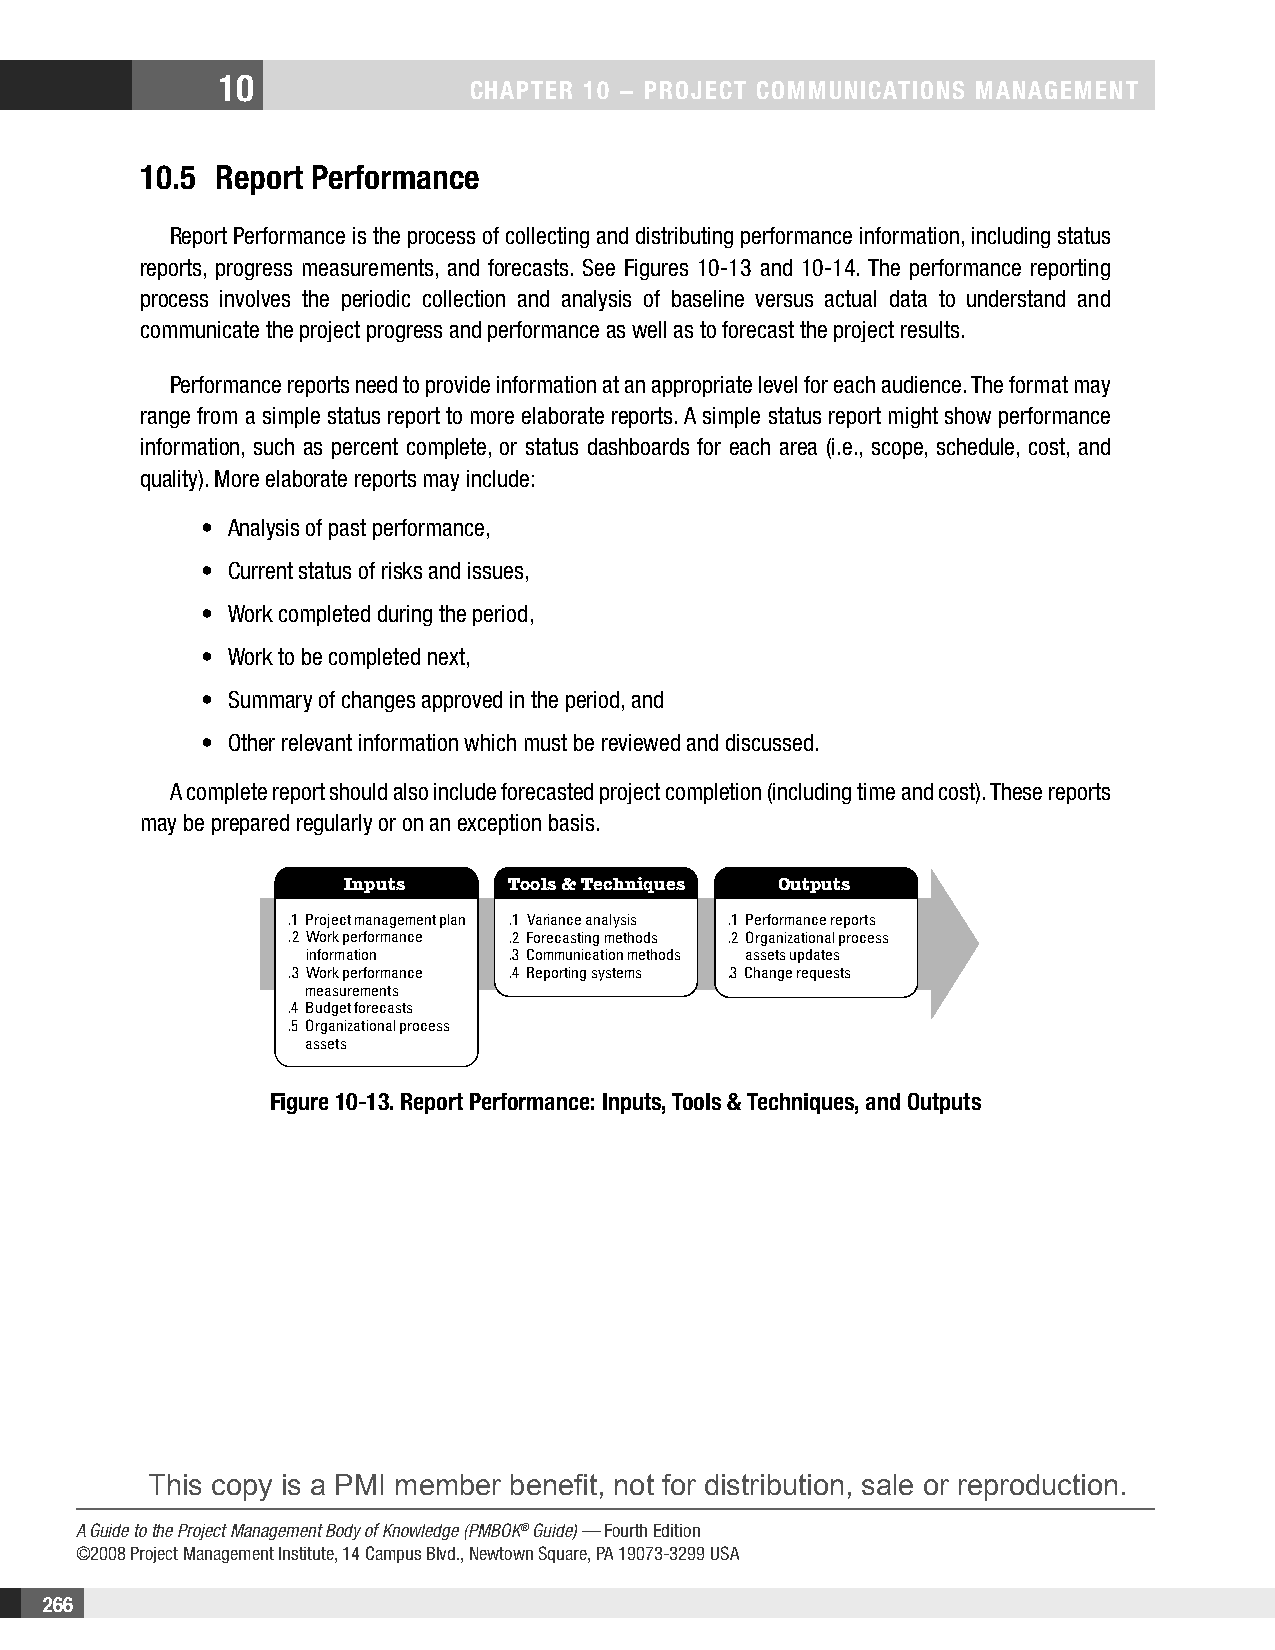
10
 CHAPTER 10 − PROjECT COMMunICATIOnS MAnAgEMEnT
 10.5 Report Performance
 Report Performance is the process of collecting and distributing performance information, including status
 reports, progress measurements, and forecasts. See Figures 10-13 and 10-14. The performance reporting
 process involves the periodic collection and analysis of baseline versus actual data to understand and
 communicate the project progress and performance as well as to forecast the project results.
 Performance reports need to provide information at an appropriate level for each audience. The format may
 range from a simple status report to more elaborate reports. A simple status report might show performance
 information, such as percent complete, or status dashboards for each area (i.e., scope, schedule, cost, and
 quality). More elaborate reports may include:
 • Analysis of past performance,
 • Current status of risks and issues,
 • Work completed during the period,
 • Work to be completed next,
 • Summary of changes approved in the period, and
 • Other relevant information which must be reviewed and discussed.
 A complete report should also include forecasted project completion (including time and cost). These reports
 may be prepared regularly or on an exception basis.
 Inputs     Tools & Techniques Outputs
 .1 Project management plan .1 Variance analysis .1 Performance reports
 .2 Work performance .2 Forecasting methods .2 Organizational process
 information   .3 Communication methods assets updates
 .3 Work performance .4 Reporting systems .3 Change requests
 measurements
 .4 Budget forecasts
 .5 Organizational process
 assets
 Figure 10-13. Report Performance: Inputs, Tools & Techniques, and Outputs
 This copy is a PMI member benefit, not for distribution, sale or reproduction.
 A Guide to the Project Management Body of Knowledge (PMBOK® Guide) — Fourth Edition
 ©2008 Project Management Institute, 14 Campus Blvd., Newtown Square, PA 19073-3299 USA
 266